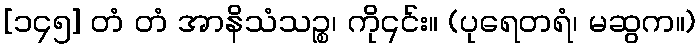
[၁၄၅] တံ တံ အာနိသံသဉ္စ၊ ကို၎င်း။ (ပုရေတရံ၊ မဆွက။)